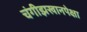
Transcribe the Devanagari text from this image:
चंगीझखानपेक्षा